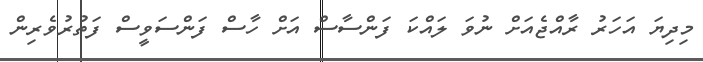
މިދިޔަ އަހަރު ރާއްޖެއަށް ނުވަ ލައްކަ ފަންސާސް އަށް ހާސް ފަންސަވީސް ފަތުރުވެރިން